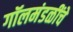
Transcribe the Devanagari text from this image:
गॉलमंडळींचे